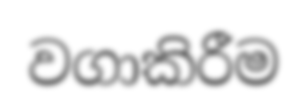
වගාකිරීම